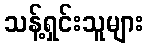
သန့်ရှင်းသူများ